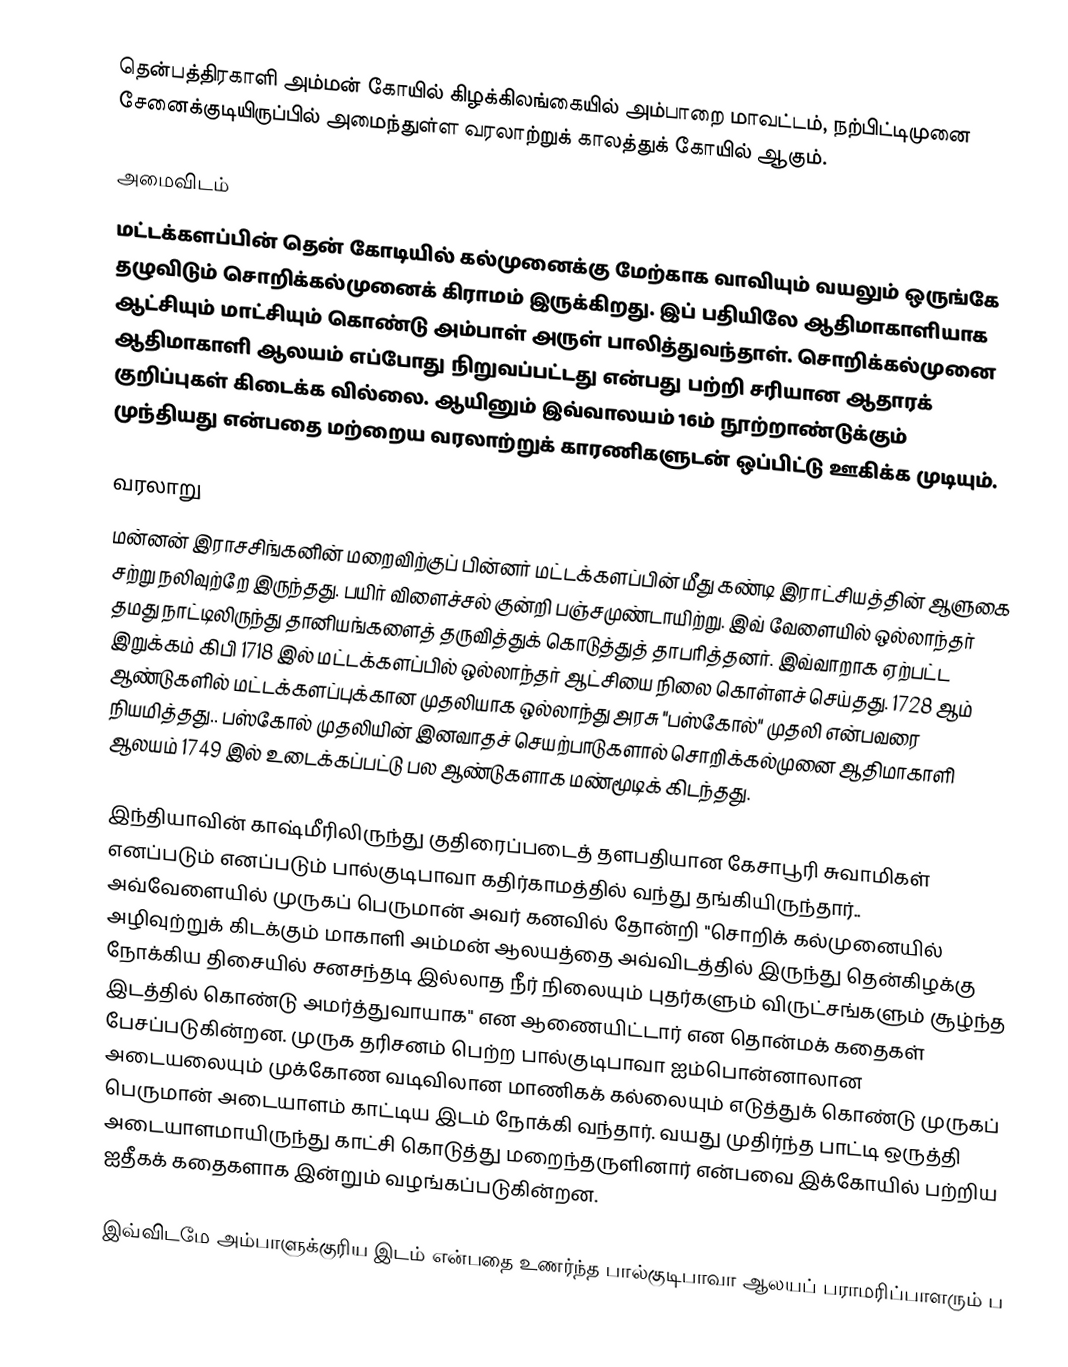
தென்பத்திரகாளி அம்மன் கோயில் கிழக்கிலங்கையில் அம்பாறை மாவட்டம், நற்பிட்டிமுனை சேனைக்குடியிருப்பில் அமைந்துள்ள வரலாற்றுக் காலத்துக் கோயில் ஆகும்.

அமைவிடம்
மட்டக்களப்பின் தென் கோடியில் கல்முனைக்கு மேற்காக வாவியும் வயலும் ஒருங்கே தழுவிடும் சொறிக்கல்முனைக் கிராமம் இருக்கிறது. இப் பதியிலே ஆதிமாகாளியாக ஆட்சியும் மாட்சியும் கொண்டு அம்பாள் அருள் பாலித்துவந்தாள். சொறிக்கல்முனை ஆதிமாகாளி ஆலயம் எப்போது நிறுவப்பட்டது என்பது பற்றி சரியான ஆதாரக் குறிப்புகள் கிடைக்க வில்லை. ஆயினும் இவ்வாலயம் 16ம் நூற்றாண்டுக்கும் முந்தியது என்பதை  மற்றைய வரலாற்றுக் காரணிகளுடன் ஒப்பிட்டு ஊகிக்க முடியும்.

வரலாறு
மன்னன் இராசசிங்கனின் மறைவிற்குப் பின்னர் மட்டக்களப்பின் மீது கண்டி இராட்சியத்தின் ஆளுகை சற்று நலிவுற்றே இருந்தது. பயிர் விளைச்சல் குன்றி பஞ்சமுண்டாயிற்று. இவ் வேளையில் ஒல்லாந்தர் தமது நாட்டிலிருந்து தானியங்களைத் தருவித்துக் கொடுத்துத் தாபரித்தனர். இவ்வாறாக ஏற்பட்ட இறுக்கம் கிபி 1718 இல் மட்டக்களப்பில் ஒல்லாந்தர் ஆட்சியை நிலை கொள்ளச் செய்தது. 1728 ஆம் ஆண்டுகளில் மட்டக்களப்புக்கான முதலியாக ஒல்லாந்து அரசு "பஸ்கோல்" முதலி என்பவரை நியமித்தது.. பஸ்கோல் முதலியின் இனவாதச் செயற்பாடுகளால் சொறிக்கல்முனை ஆதிமாகாளி ஆலயம் 1749 இல் உடைக்கப்பட்டு பல ஆண்டுகளாக மண்மூடிக் கிடந்தது.

இந்தியாவின் காஷ்மீரிலிருந்து குதிரைப்படைத் தளபதியான கேசாபூரி சுவாமிகள் எனப்படும் எனப்படும் பால்குடிபாவா கதிர்காமத்தில் வந்து தங்கியிருந்தார்.. அவ்வேளையில்  முருகப் பெருமான் அவர் கனவில் தோன்றி "சொறிக் கல்முனையில் அழிவுற்றுக் கிடக்கும் மாகாளி அம்மன் ஆலயத்தை அவ்விடத்தில் இருந்து தென்கிழக்கு நோக்கிய திசையில் சனசந்தடி இல்லாத நீர் நிலையும் புதர்களும் விருட்சங்களும் சூழ்ந்த இடத்தில் கொண்டு அமர்த்துவாயாக" என ஆணையிட்டார் என தொன்மக் கதைகள் பேசப்படுகின்றன. முருக தரிசனம் பெற்ற பால்குடிபாவா ஐம்பொன்னாலான அடையலையும் முக்கோண வடிவிலான மாணிகக் கல்லையும் எடுத்துக்  கொண்டு முருகப் பெருமான் அடையாளம் காட்டிய இடம் நோக்கி வந்தார். வயது முதிர்ந்த பாட்டி ஒருத்தி அடையாளமாயிருந்து காட்சி கொடுத்து மறைந்தருளினார் என்பவை இக்கோயில் பற்றிய  ஐதீகக் கதைகளாக இன்றும் வழங்கப்படுகின்றன.

இவ்விடமே அம்பாளுக்குரிய இடம் என்பதை உணர்ந்த பால்குடிபாவா ஆலயப் பராமரிப்பாளரும் ப